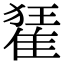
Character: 𨿗